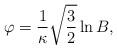
LaTeX: \begin{align*}\varphi =\frac 1\kappa \sqrt{\frac 32}\ln B, \end{align*}